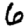
Digit: 6